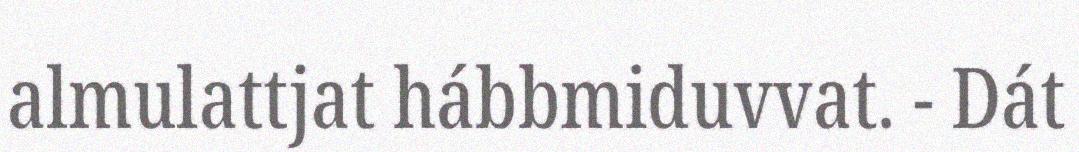
almulattjat hábbmiduvvat. - Dát